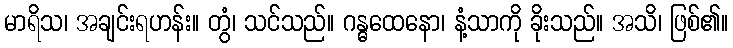
မာရိသ၊ အချင်းရဟန်း။ တွံ၊ သင်သည်။ ဂန္ဓထေနော၊ နံ့သာကို ခိုးသည်။ အသိ၊ ဖြစ်၏။